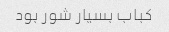
کباب بسیار شور بود